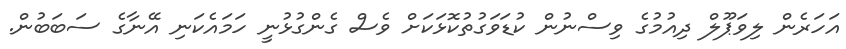
އަހަރެން ލިވަޕޫލް ދިއުމުގެ ވިސްނުން ކުޑަވަގުތުކޮޅަކަށް ވެސް ގެންގުޅުނީ ހަމައެކަނި އޭނާގެ ސަބަބުން.